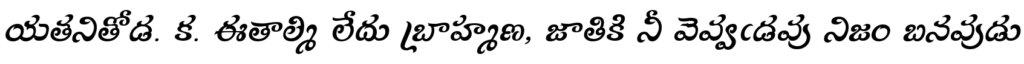
యతనితోడ. క. ఈతాల్మి లేదు బ్రాహ్మణ, జాతికి నీ వెవ్వఁడవు నిజం బనవుడు